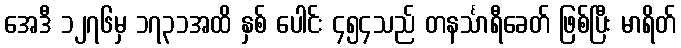
အေဒီ ၁၂၇၆မှ ၁၇၃၁အထိ နှစ် ပေါင်း ၄၅၄သည် တနင်္သာရီခေတ် ဖြစ်ပြီး မာရိတ်